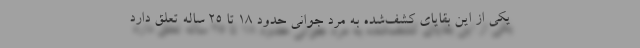
یکی از این بقایای کشف‌شده به مرد جوانی حدود ۱۸ تا ۲۵ ساله تعلق دارد